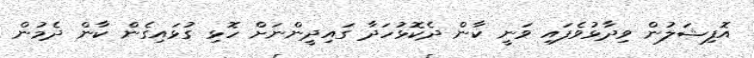
އޮފިޝަލުން ވިދާޅުވެފައި ވަނީ ކާން ދެކޮޅުހަދާ ގައިދީންނަށް ހޮޅި ގުޅައިގެން ކާން ދެމުން